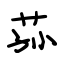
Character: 荪